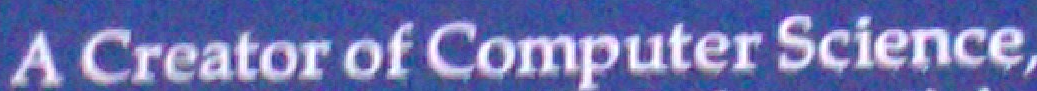
A Creator of computer science